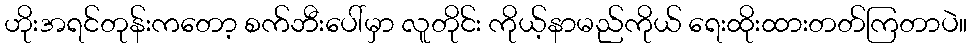
ဟိုးအရင်တုန်းကတော့ စက်ဘီးပေါ်မှာ လူတိုင်း ကိုယ့်နာမည်ကိုယ် ရေးထိုးထားတတ်ကြတာပဲ။